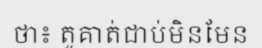
ថា៖ តួគាត់ជាប់មិនមែន